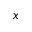
x